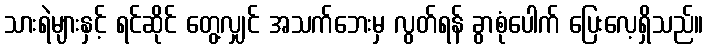
သားရဲများနှင့် ရင်ဆိုင် တွေ့လျှင် အသက်ဘေးမှ လွတ်ရန် ခွာစုံပေါက် ပြေးလေ့ရှိသည်။